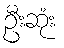
ဦးဆုံး